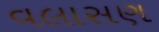
વલાસણ